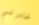
غادرتي